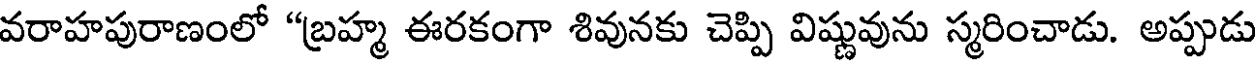
వరాహపురాణంలో "బ్రహ్మ ఈరకంగా శివునకు చెప్పి విష్ణువును స్మరించాడు. అప్పుడు